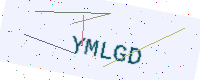
Text: YMLGD